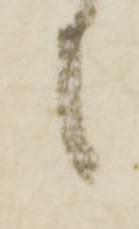
候